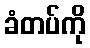
ခံတပ်ကို